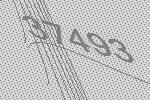
37493